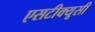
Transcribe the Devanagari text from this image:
एसटीक्यूसी